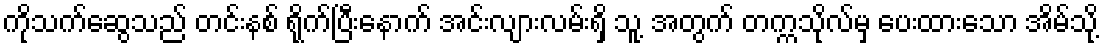
ကိုသက်ဆွေသည် တင်းနစ် ရိုက်ပြီးနောက် အင်းလျားလမ်းရှိ သူ့ အတွက် တက္ကသိုလ်မှ ပေးထားသော အိမ်သို့